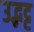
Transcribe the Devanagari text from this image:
उद्भट्ट